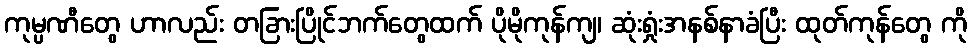
ကုမ္ပဏီတွေ ဟာလည်း တခြားပြိုင်ဘက်တွေထက် ပိုမိုကုန်ကျ၊ ဆုံးရှုံးအနစ်နာခံပြီး ထုတ်ကုန်တွေ ကို